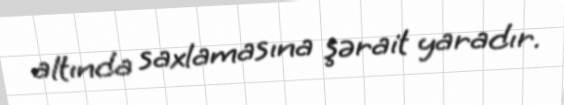
altında saxlamasına şərait yaradır.